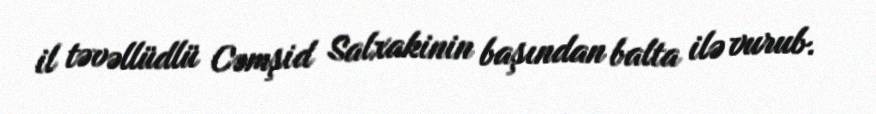
il təvəllüdlü Cəmşid Salxakinin başından balta ilə vurub.